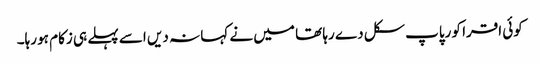
کوئی اقرا کو رپاپ سکل د ے رہا تھا میں نے کہا نہ دیں اسے پہلے ہی زکام ہو رہا۔